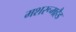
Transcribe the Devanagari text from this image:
मशरूमहैड